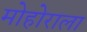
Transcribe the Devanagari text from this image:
मोहोराला